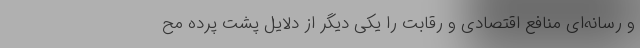
و رسانه‌ای منافع اقتصادی و رقابت را یکی دیگر از دلایل پشت پرده مح